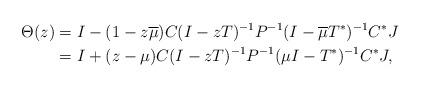
LaTeX: \begin{align*}\Theta(z)&=I-(1-z\overline{\mu})C(I-zT)^{-1}P^{-1}(I-\overline{\mu}T^*)^{-1}C^*J\\&=I+(z-\mu)C(I-zT)^{-1}P^{-1}(\mu I-T^*)^{-1}C^*J,\end{align*}